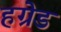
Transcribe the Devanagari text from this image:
हग्रेड